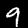
Label: 9